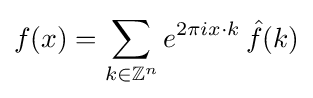
f(x)=\sum _{k\in \mathbb {Z} ^{n}}e^{2\pi ix\cdot k}\,{\hat {f}}(k)